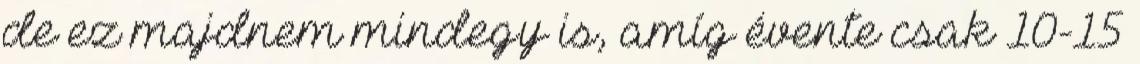
de ez majdnem mindegy is, amíg évente csak 10-15